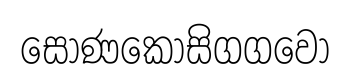
සොණකොසිගගවො